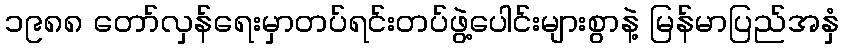
၁၉၈၈ တော်လှန်ရေးမှာတပ်ရင်းတပ်ဖွဲ့ပေါင်းများစွာနဲ့ မြန်မာပြည်အနှံ